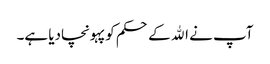
آپ نے الله کے حکم کو پہونچادیا ہے۔